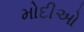
મોદીઓ